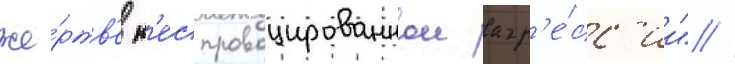
же́ртв'е н'еспровоцированнои агр'е́сс'ии" //